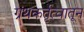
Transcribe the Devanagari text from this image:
ग्रंथकर्तृत्वातून